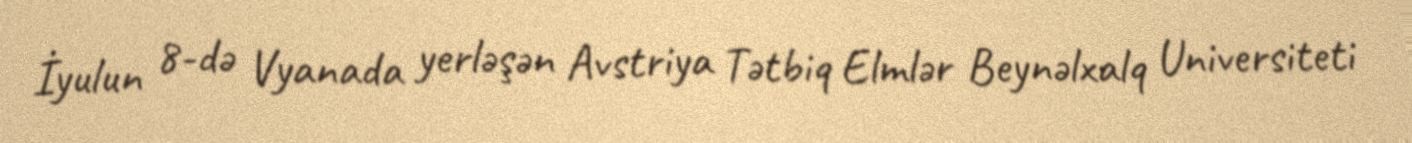
İyulun 8-də Vyanada yerləşən Avstriya Tətbiq Elmlər Beynəlxalq Universiteti